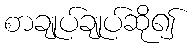
စာချုပ်ချုပ်ဆို၍